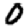
Digit: 0